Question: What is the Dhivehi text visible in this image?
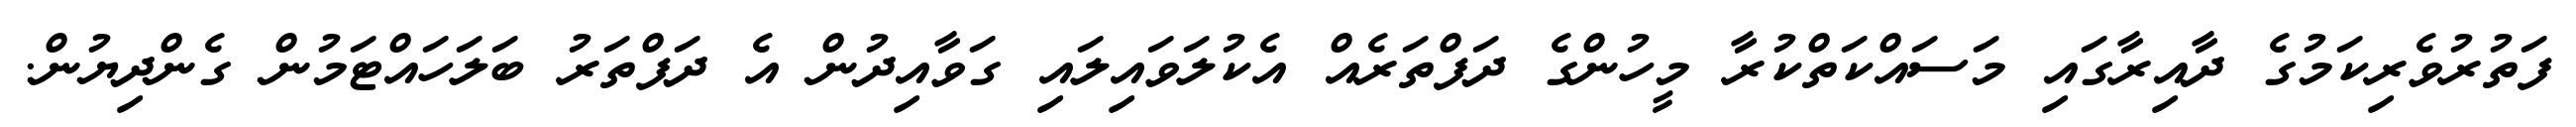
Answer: ފަތުރުވެރިކަމުގެ ދާއިރާގައި މަސައްކަތްކުރާ މީހުންގެ ދަފްތަރެއް އެކުލަވައިލައި ގަވާއިދުން އެ ދަފްތަރު ބަލަހައްޓަމުން ގެންދިޔުން.